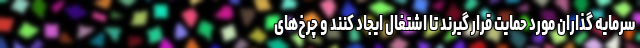
سرمایه گذاران مورد حمایت قرار گیرند تا اشتغال ایجاد کنند و چرخ‌های